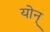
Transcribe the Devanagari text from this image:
योन्